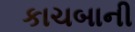
કાચબાની